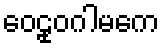
ဝေဠုဝဂါမကေ